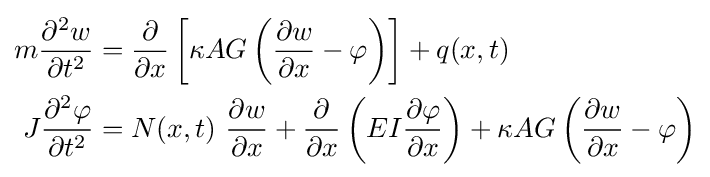
{\begin{aligned}m{\frac {\partial ^{2}w}{\partial t^{2}}}&={\frac {\partial }{\partial x}}\left[\kappa AG\left({\frac {\partial w}{\partial x}}-\varphi \right)\right]+q(x,t)\\J{\frac {\partial ^{2}\varphi }{\partial t^{2}}}&=N(x,t)~{\frac {\partial w}{\partial x}}+{\frac {\partial }{\partial x}}\left(EI{\frac {\partial \varphi }{\partial x}}\right)+\kappa AG\left({\frac {\partial w}{\partial x}}-\varphi \right)\end{aligned}}